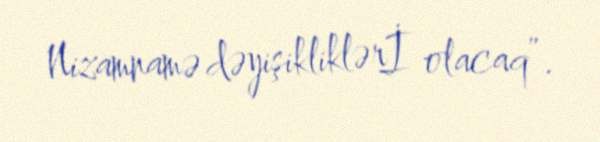
Nizamnamə dəyişikliklərİ olacaq”.